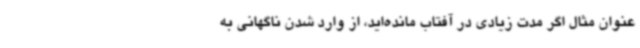
عنوان مثال اگر مدت زیادی در آفتاب مانده‌اید، از وارد شدن ناگهانی به